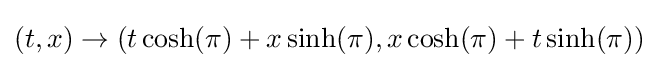
(t,x)\to (t\cosh(\pi )+x\sinh(\pi ),x\cosh(\pi )+t\sinh(\pi ))